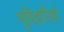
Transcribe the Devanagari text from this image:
भूविज्ञानियो